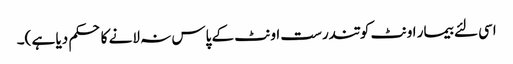
اسی لئے بیمار اونٹ کو تندرست اونٹ کے پاس نہ لانے کا حکم دیا ہے )۔